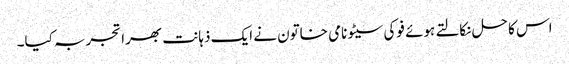
اس کا حل نکالتے ہوئے فوکی سیٹو نامی خاتون نے ایک ذہانت بھرا تجربہ کیا۔